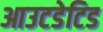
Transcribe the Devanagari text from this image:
आउटडेटिड